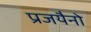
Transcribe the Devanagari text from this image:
प्रजयैनो